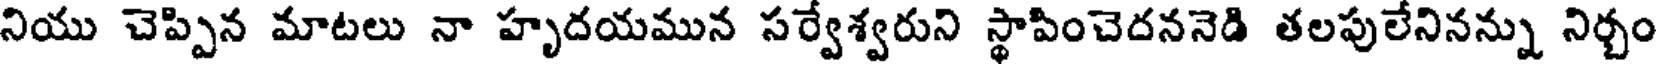
నియు చెప్పిన మాటలు నా హృదయమున సర్వేశ్వరుని స్థాపించెదననెడి తలపులేనినన్ను నిర్చం